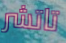
تاتشر